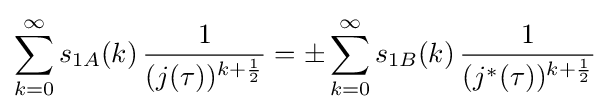
\sum _{k=0}^{\infty }s_{1A}(k)\,{\frac {1}{(j(\tau ))^{k+{\frac {1}{2}}}}}=\pm \sum _{k=0}^{\infty }s_{1B}(k)\,{\frac {1}{(j^{*}(\tau ))^{k+{\frac {1}{2}}}}}